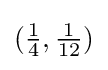
({\tfrac {1}{4}},{\tfrac {1}{12}})